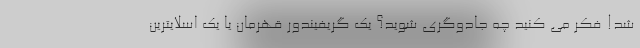
شد! فکر می کنید چه جادوگری شوید؟ یک گریفیندور قهرمان یا یک اسلایترین